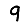
Digit: 9